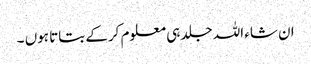
ان شاء اللہ جلد ہی معلوم کرکے بتاتا ہوں ۔